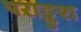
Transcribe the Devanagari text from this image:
पराङ्कुश